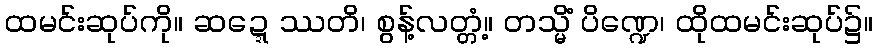
ထမင်းဆုပ်ကို။ ဆဍ္ဍေဿတိ၊ စွန့်လတ္တံ့။ တသ္မိံ ပိဏ္ဍေ၊ ထိုထမင်းဆုပ်၌။